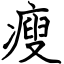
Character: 瘦